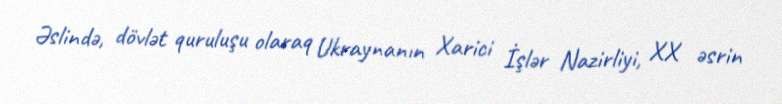
Əslində, dövlət quruluşu olaraq Ukraynanın Xarici İşlər Nazirliyi, XX əsrin